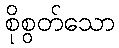
စိုစွတ်သော